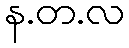
န.တ.လ